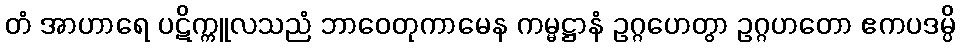
တံ အာဟာရေ ပဋိက္ကူလသညံ ဘာဝေတုကာမေန ကမ္မဋ္ဌာနံ ဥဂ္ဂဟေတွာ ဥဂ္ဂဟတော ဧကပဒမ္ပိ